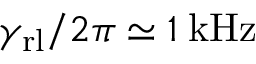
\gamma _ { \mathrm { r l } } / 2 \pi \simeq 1 \: \mathrm { k H z }